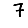
Digit: 7